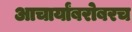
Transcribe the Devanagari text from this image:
आचार्यांबरोबरच